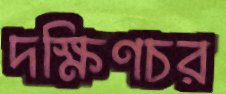
দক্ষিণচর